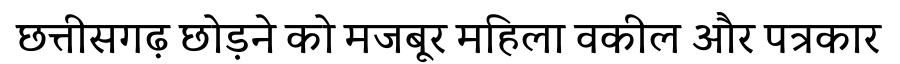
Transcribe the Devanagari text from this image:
छत्तीसगढ़ छोड़ने को मजबूर महिला वकील और पत्रकार